Lunatic asylums in Bengal annual reports 1899-1911 - 1899-1911
Year: 1899
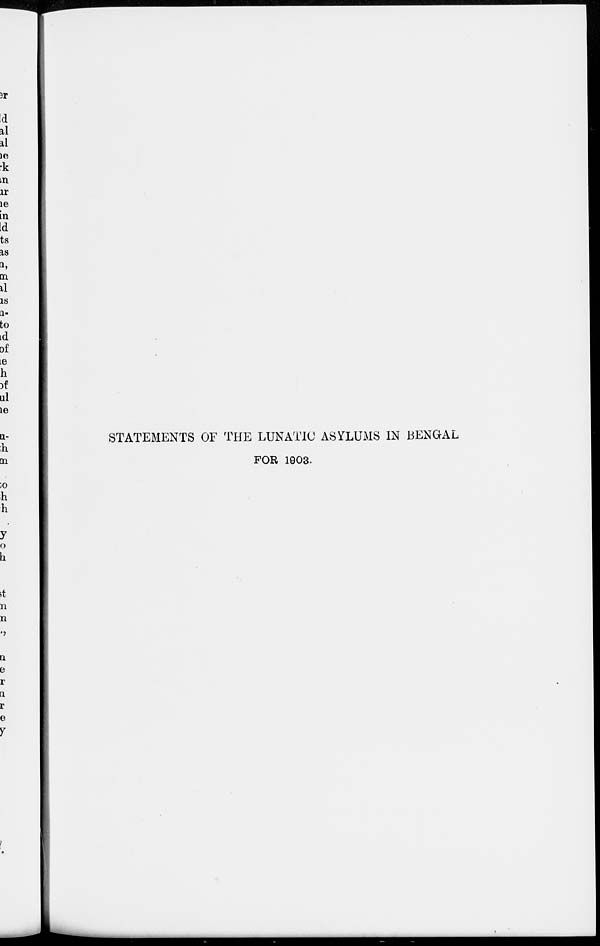
STATEMENTS OF THE LUNATIC ASYLUMS IN BENGAL
FOR 1903.